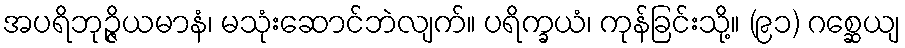
အပရိဘုဉ္ဇိယမာနံ၊ မသုံးဆောင်ဘဲလျက်။ ပရိက္ခယံ၊ ကုန်ခြင်းသို့။ (၉၁) ဂစ္ဆေယျ